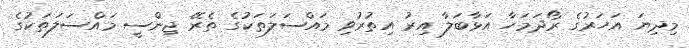
މިދިޔަ އަހަރުގެ ރޯދަމަހާ އަޅާބަލާ އިރު އިތުރުވި މައްސަލަތަކުގެ ތެރޭ ޖިންސީ މައްސަލަތަކުގެ